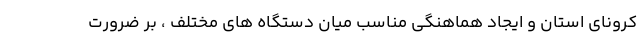
کرونای استان و ایجاد هماهنگی مناسب میان دستگاه های مختلف ، بر ضرورت